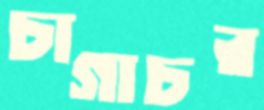
চাগাচর